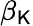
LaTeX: \beta_{\mathsf{K}}